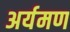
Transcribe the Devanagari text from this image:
अर्यमण